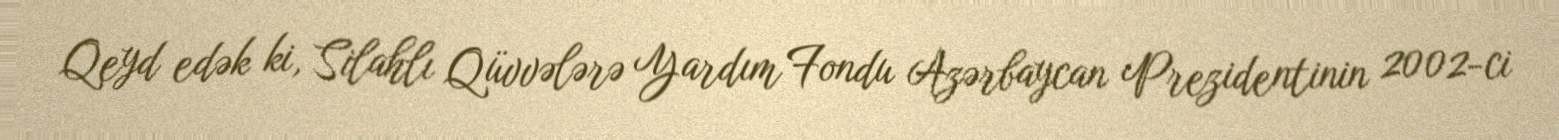
Qeyd edək ki, Silahlı Qüvvələrə Yardım Fondu Azərbaycan Prezidentinin 2002-ci